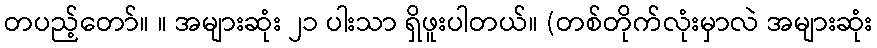
တပည့်တော်။ ။ အများဆုံး ၂၁ ပါးသာ ရှိဖူးပါတယ်။ (တစ်တိုက်လုံးမှာလဲ အများဆုံး